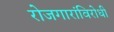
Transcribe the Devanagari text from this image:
रोजगारांविरोधी